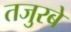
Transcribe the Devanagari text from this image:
तजुरबे